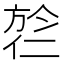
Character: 𬿎